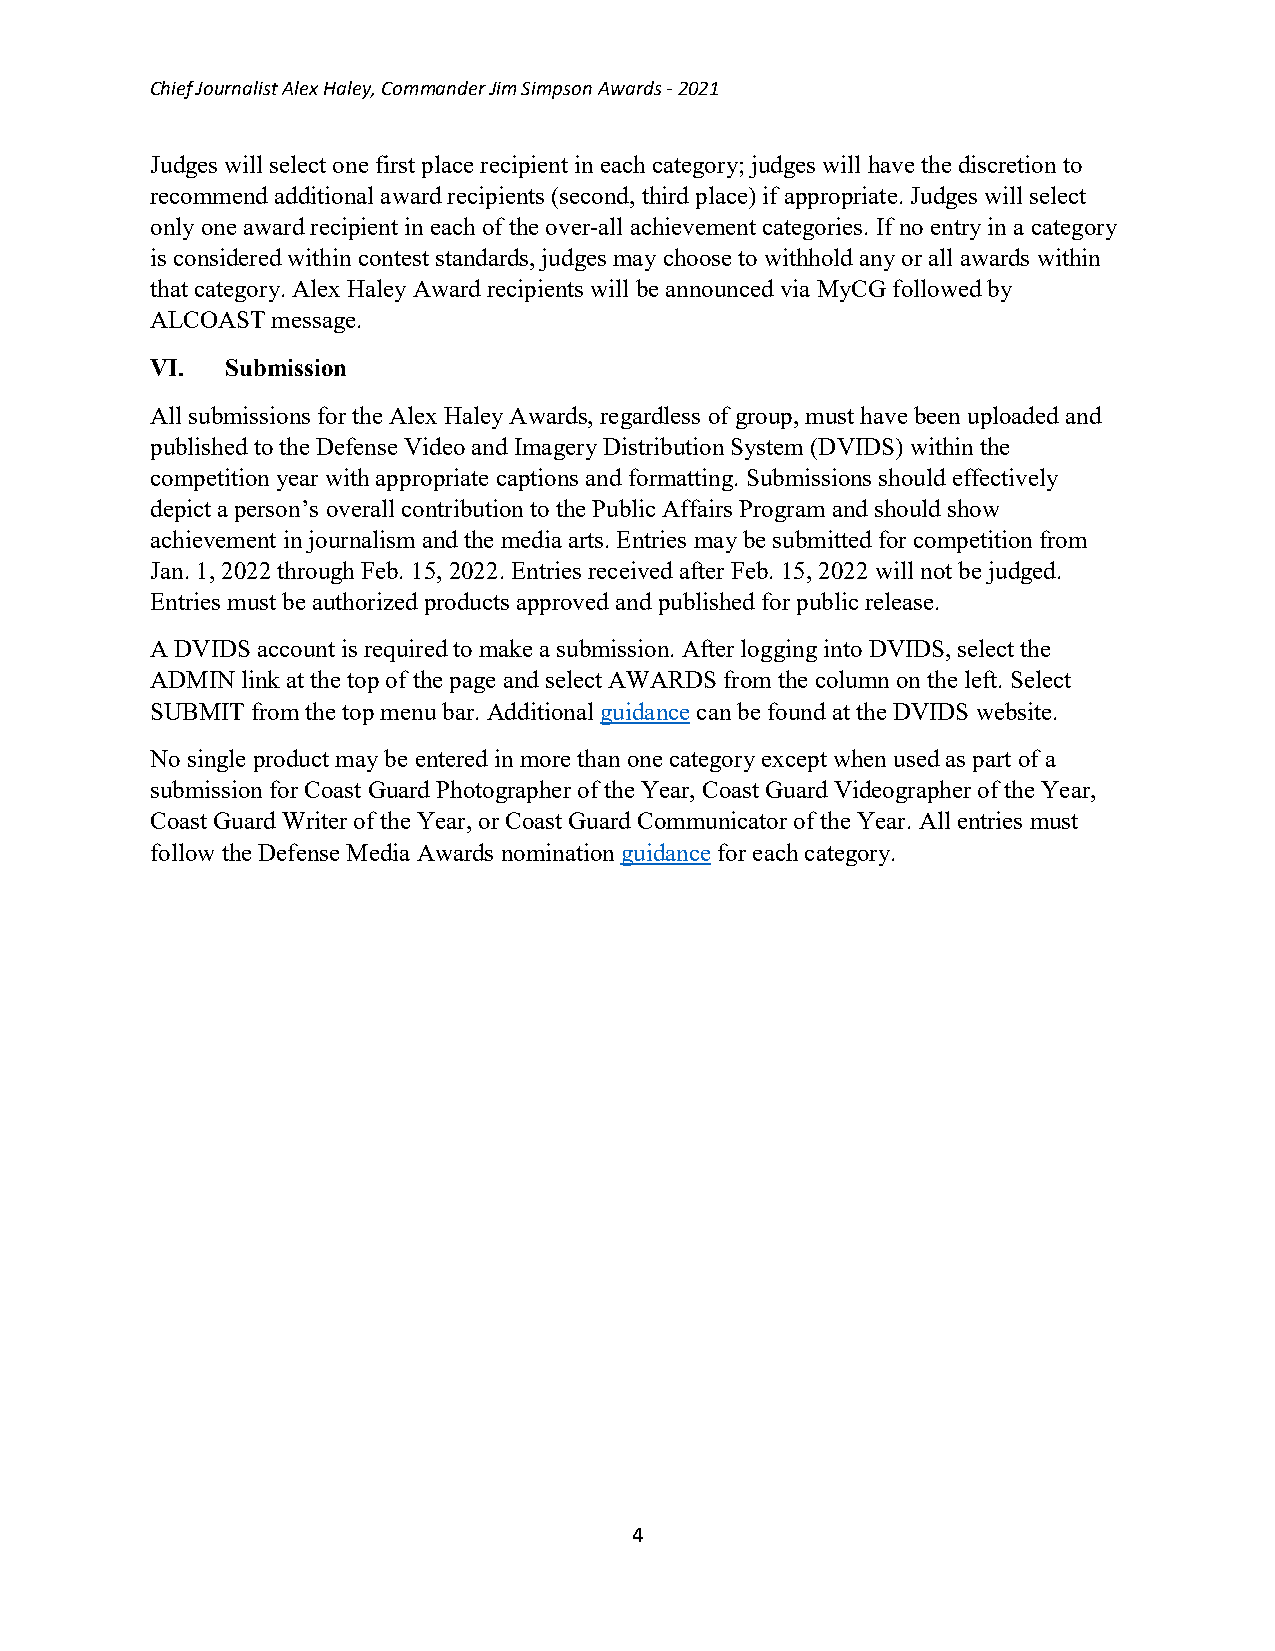
Chief Journalist Alex Haley, Commander Jim Simpson Awards - 2021
 Judges will select one first place recipient in each category; judges will have the discretion to
 recommend additional award recipients (second, third place) if appropriate. Judges will select
 only one award recipient in each of the over-all achievement categories. If no entry in a category
 is considered within contest standards, judges may choose to withhold any or all awards within
 that category. Alex Haley Award recipients will be announced via MyCG followed by
 ALCOAST message.
 VI.  Submission
 All submissions for the Alex Haley Awards, regardless of group, must have been uploaded and
 published to the Defense Video and Imagery Distribution System (DVIDS) within the
 competition year with appropriate captions and formatting. Submissions should effectively
 depict a person’s overall contribution to the Public Affairs Program and should show
 achievement in journalism and the media arts. Entries may be submitted for competition from
 Jan. 1, 2022 through Feb. 15, 2022. Entries received after Feb. 15, 2022 will not be judged.
 Entries must be authorized products approved and published for public release.
 A DVIDS account is required to make a submission. After logging into DVIDS, select the
 ADMIN link at the top of the page and select AWARDS from the column on the left. Select
 SUBMIT from the top menu bar. Additional guidance can be found at the DVIDS website.
 No single product may be entered in more than one category except when used as part of a
 submission for Coast Guard Photographer of the Year, Coast Guard Videographer of the Year,
 Coast Guard Writer of the Year, or Coast Guard Communicator of the Year. All entries must
 follow the Defense Media Awards nomination guidance for each category.
 4